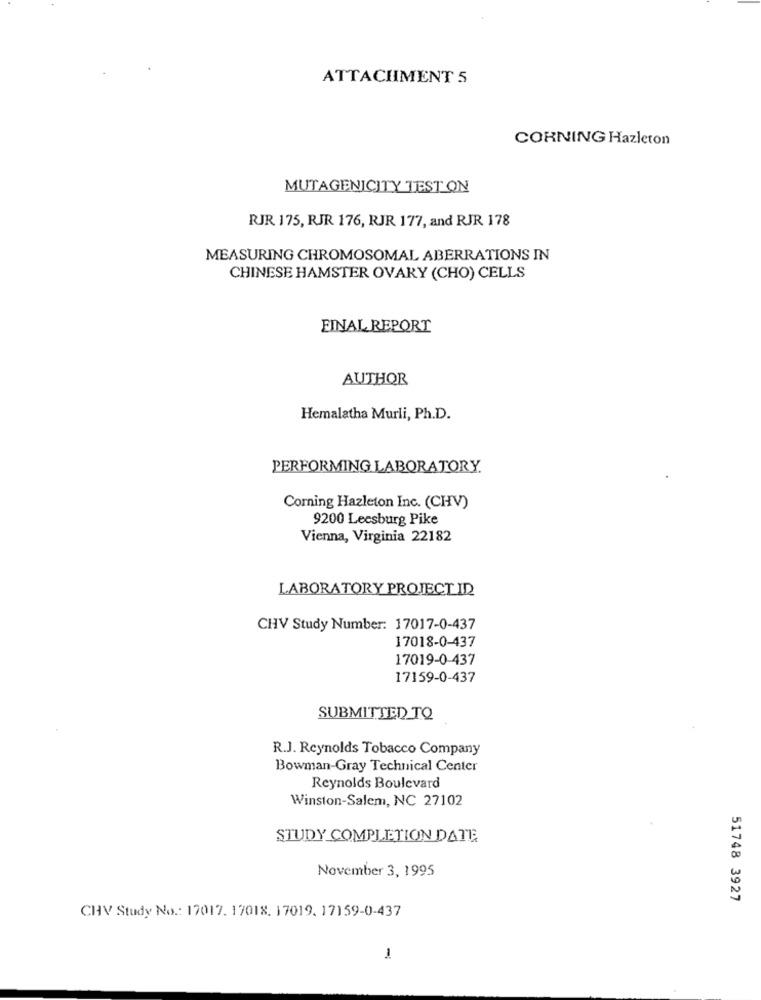
ATTACHMENT 5
CORNING Hazleton
MUTAGENICITY TEST ON
RJR 175, RJR 176, RJR 177, and RJR 178
MEASURING CHROMOSOMAL ABERRATIONS IN
CHINESE HAMSTER OVARY (CHO) CELLS
FINAL REPORT
AUTHOR
Hemalatha Murli, Ph.D.
PERFORMING LABORATORY.
Corning Hazleton Inc. (CHV)
9200 Leesburg Pike
Vienna, Virginia 22182
LABORATORY PROJECT ID
CHV Study Number: 17017-0-437
17018-0-437
17019-0-437
17159-0-437
SUBMITTED TO
R.J. Reynolds Tobacco Company
Bowman-Gray Technical Center
Reynolds Boulevard
Winston-Salem, NC 27102
STUDY COMPLETION DATE
November 3, 1995
51748 3927
CHY Study No .: 17017. 17018. 17019. 17159-0-437
1